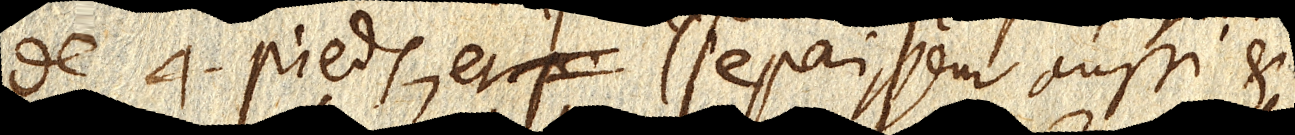
de 4 pieds, et l’epaisseur aussi et